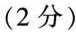
(2分)